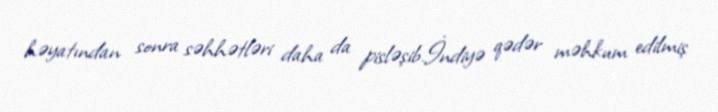
həyatından sonra səhhətləri daha da pisləşib.İndiyə qədər məhkum edilmiş